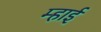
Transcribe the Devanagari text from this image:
म्हाई